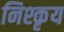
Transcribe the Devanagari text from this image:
निश्कृय